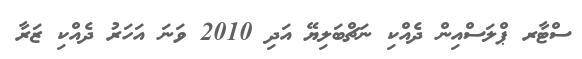
ސްޓާރ ޕްލަސްއިން ދެއްކި ނަޗްބަލިޔޭ އަދި 2010 ވަނަ އަހަރު ދެއްކި ޒަރާ